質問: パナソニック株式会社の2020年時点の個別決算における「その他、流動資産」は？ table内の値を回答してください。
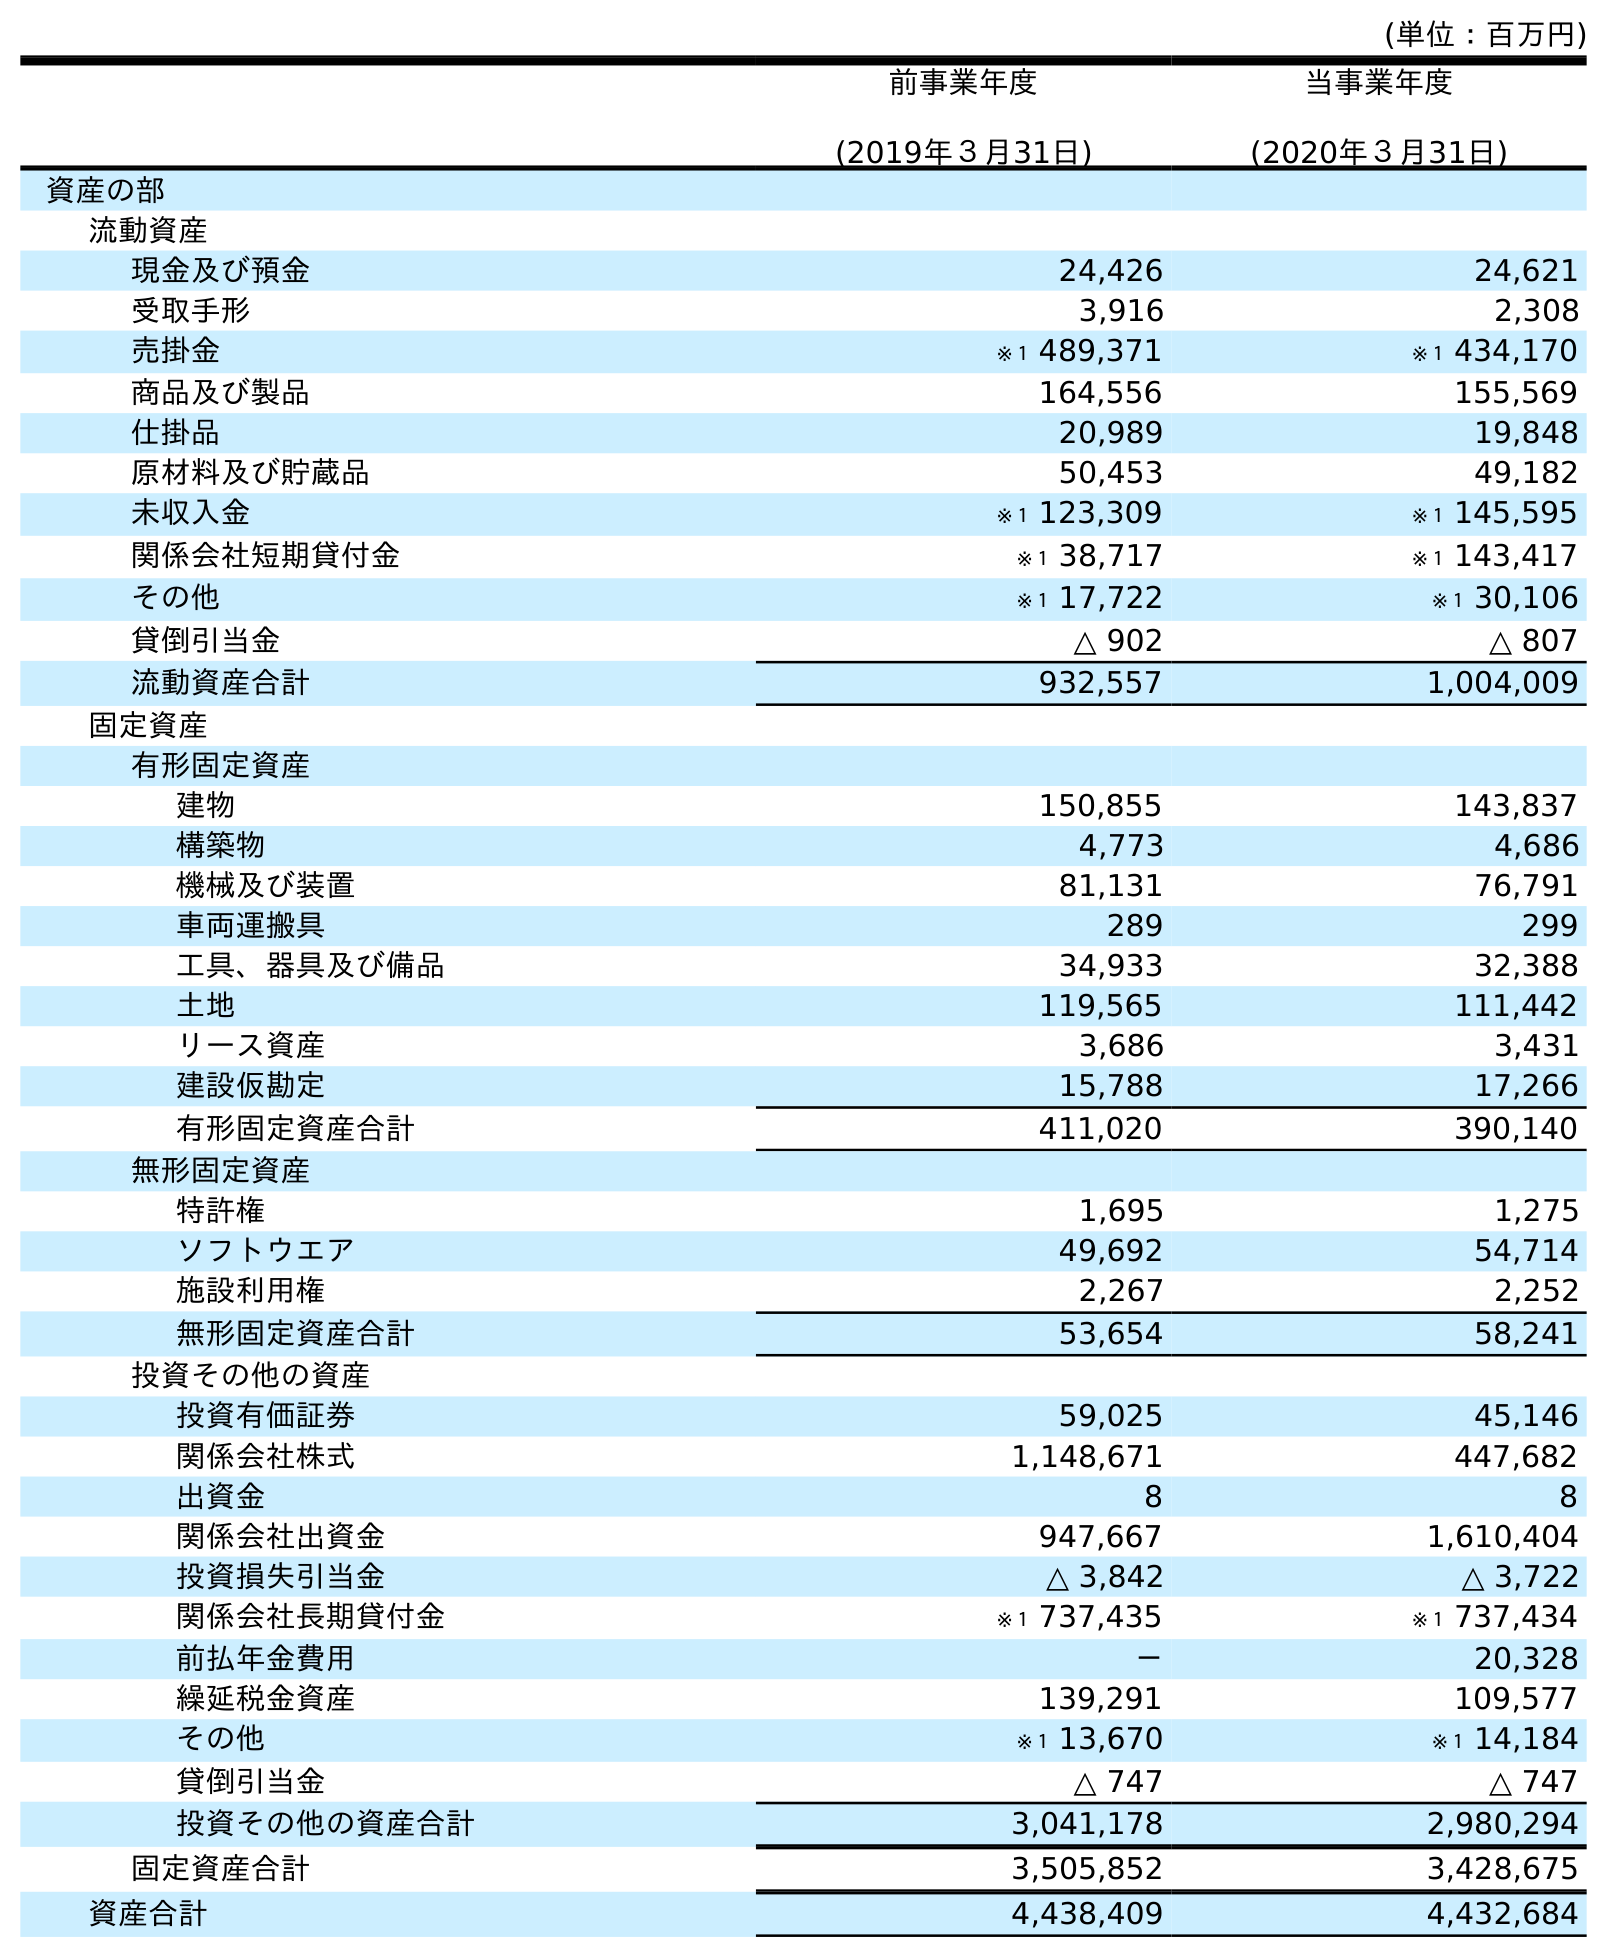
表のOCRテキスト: (単位：百万円) 前事業年度 (2019年３月31日) 当事業年度 (2020年３月31日) 資産の部 流動資産 現金及び預金 24,426 24,621 受取手形 3,916 2,308 売掛金 ※１ 489,371 ※１ 434,170 商品及び製品 164,556 155,569 仕掛品 20,989 19,848 原材料及び貯蔵品 50,453 49,182 未収入金 ※１ 123,309 ※１ 145,595 関係会社短期貸付金 ※１ 38,717 ※１ 143,417 その他 ※１ 17,722 ※１ 30,106 貸倒引当金 △ 902 △ 807 流動資産合計 932,557 1,004,009 固定資産 有形固定資産 建物 150,855 143,837 構築物 4,773 4,686 機械及び装置 81,131 76,791 車両運搬具 289 299 工具、器具及び備品 34,933 32,388 土地 119,565 111,442 リース資産 3,686 3,431 建設仮勘定 15,788 17,266 有形固定資産合計 411,020 390,140 無形固定資産 特許権 1,695 1,275 ソフトウエア 49,692 54,714 施設利用権 2,267 2,252 無形固定資産合計 53,654 58,241 投資その他の資産 投資有価証券 59,025 45,146 関係会社株式 1,148,671 447,682 出資金 8 8 関係会社出資金 947,667 1,610,404 投資損失引当金 △ 3,842 △ 3,722 関係会社長期貸付金 ※１ 737,435 ※１ 737,434 前払年金費用 － 20,328 繰延税金資産 139,291 109,577 その他 ※１ 13,670 ※１ 14,184 貸倒引当金 △ 747 △ 747 投資その他の資産合計 3,041,178 2,980,294 固定資産合計 3,505,852 3,428,675 資産合計 4,438,409 4,432,684
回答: ※１30,106